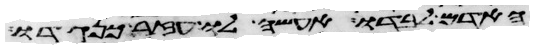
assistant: האדם לבדו אעשה לו עזר כנגדו